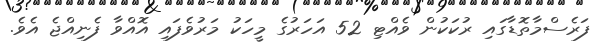
ފަރެސްމާތޮޑާގައި ރުކަކުން ވެއްޓި 52 އަހަރުގެ މީހަކު މަރުވެފައި އޮއްވާ ފެނިއްޖެ އެވެ.